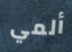
ألمي